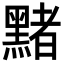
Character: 䵭